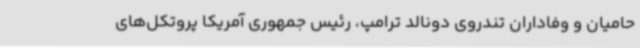
حامیان و وفاداران تندروی دونالد ترامپ، رئیس جمهوری آمریکا پروتکل‌های